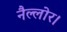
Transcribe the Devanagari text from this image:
नैल्‍लोर।